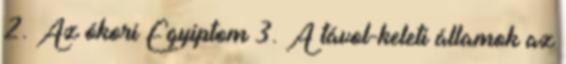
2. Az ókori Egyiptom 3. A távol-keleti államok az